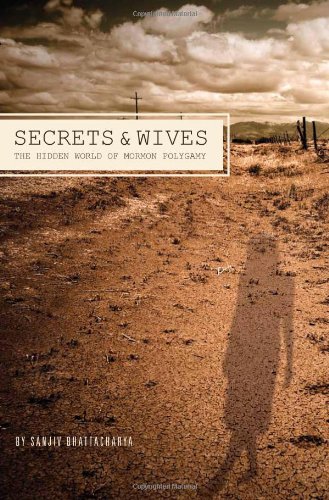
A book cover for Secrets and Wives: The Hidden World of Mormon Polygamy; Sanjiv Bhattacharya; Christian Books & Bibles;